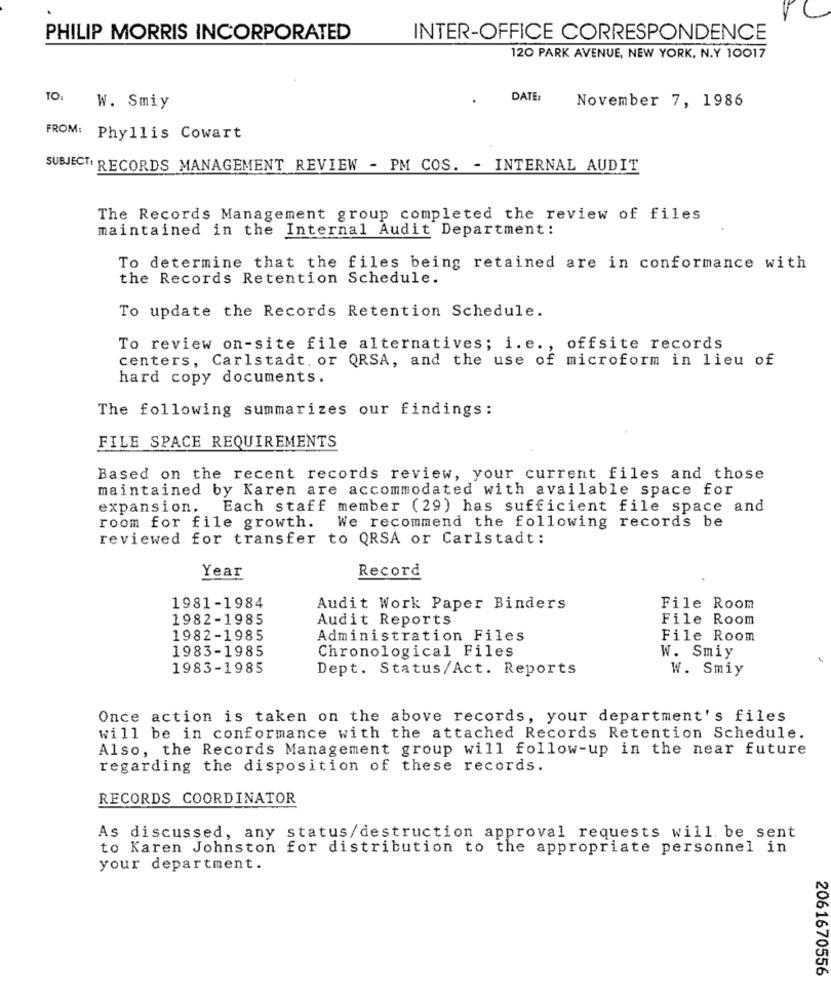
PHILIP MORRIS INCORPORATED
INTER-OFFICE CORRESPONDENCE
120 PARK AVENUE, NEW YORK, N.Y 10017
TO:
DATE:
November 7, 1986
W. Smiy
FROM: Phyllis Cowart
SUBJECT: RECORDS MANAGEMENT REVIEW - PM COS. - INTERNAL AUDIT
The Records Management group completed the review of files
maintained in the Internal Audit Department:
To determine that the files being retained are in conformance with
the Records Retention Schedule.
To update the Records Retention Schedule.
To review on-site file alternatives; i. e ., offsite records
centers, Carlstadt. or QRSA, and the use of microform in lieu of
hard copy documents.
The following summarizes our findings:
FILE SPACE REQUIREMENTS
Based on the recent records review, your current files and those
maintained by Karen are accommodated with available space for
expansion. Each staff member (29) has sufficient file space and
room for file growth. We recommend the following records be
reviewed for transfer to QRSA or Carlstadt:
Record
Year
1981-1984
Audit Work Paper Binders
File Room
1982-1985
Audit Reports
File Room
1982-1985
Administration Files
File Room
1983-1985
Chronological Files
W. Smiy
1983-1985
Dept. Status/Act. Reports
W. Smiy
Once action is taken on the above records, your department's files
will be in conformance with the attached Records Retention Schedule.
Also, the Records Management group will follow-up in the near future
regarding the disposition of these records.
RECORDS COORDINATOR
As discussed, any
status/destruction approval requests will be sent
to Karen Johnston for distribution to the appropriate personnel in
your department.
2061670556